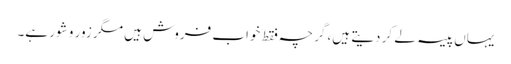
یہاں پیسہ لے کر دیتے ہیں، گرچہ فقط خواب فروش ہیں مگر زور و شور ہے۔